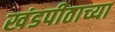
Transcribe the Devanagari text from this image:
खंडपीठाच्या